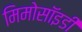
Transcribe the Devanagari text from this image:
मिमोसॉइडी